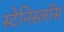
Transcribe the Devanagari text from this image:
स्टेनिस्लॉस